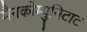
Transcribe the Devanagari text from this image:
मैनकोम्युनिटाट